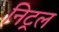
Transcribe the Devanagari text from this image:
निट्रल